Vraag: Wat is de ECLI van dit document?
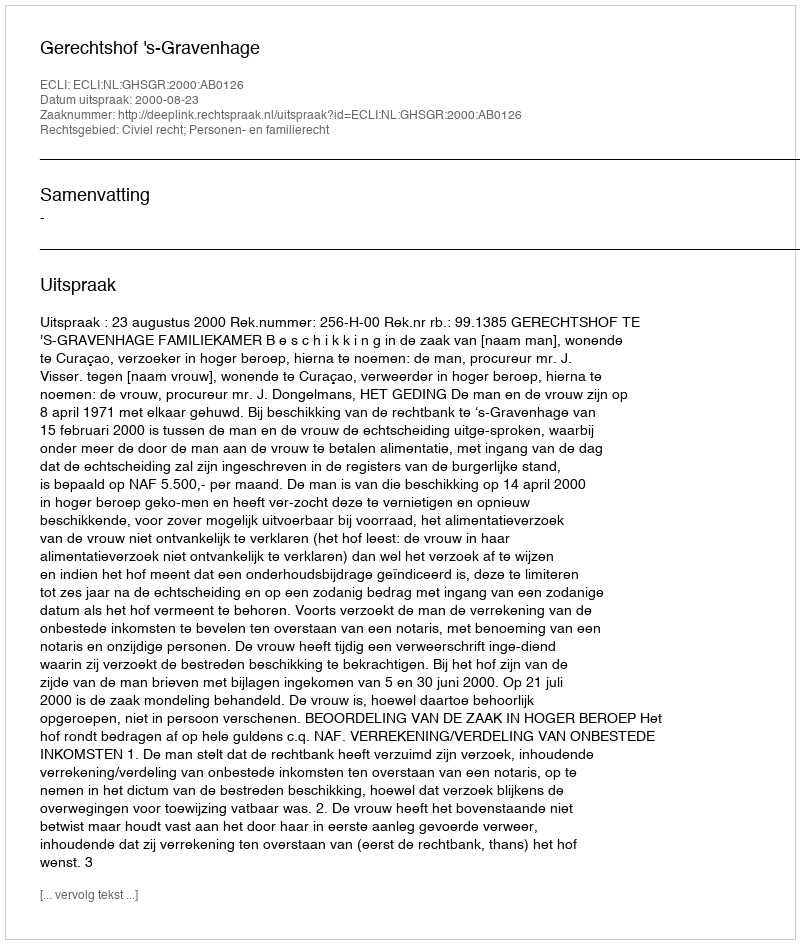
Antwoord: ECLI:NL:GHSGR:2000:AB0126